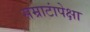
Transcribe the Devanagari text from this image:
सम्राटांपेक्षा